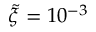
\tilde { \xi } = 1 0 ^ { - 3 }